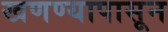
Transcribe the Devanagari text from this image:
खणण्यापासून